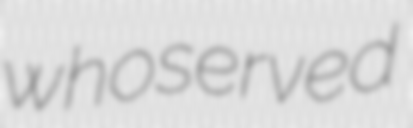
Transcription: who served